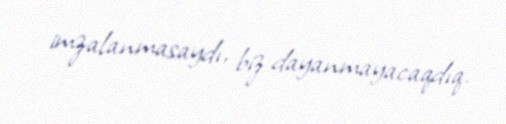
imzalanmasaydı, biz dayanmayacaqdıq.